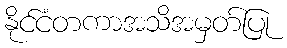
နိုင်ငံတကာအသိအမှတ်ပြု